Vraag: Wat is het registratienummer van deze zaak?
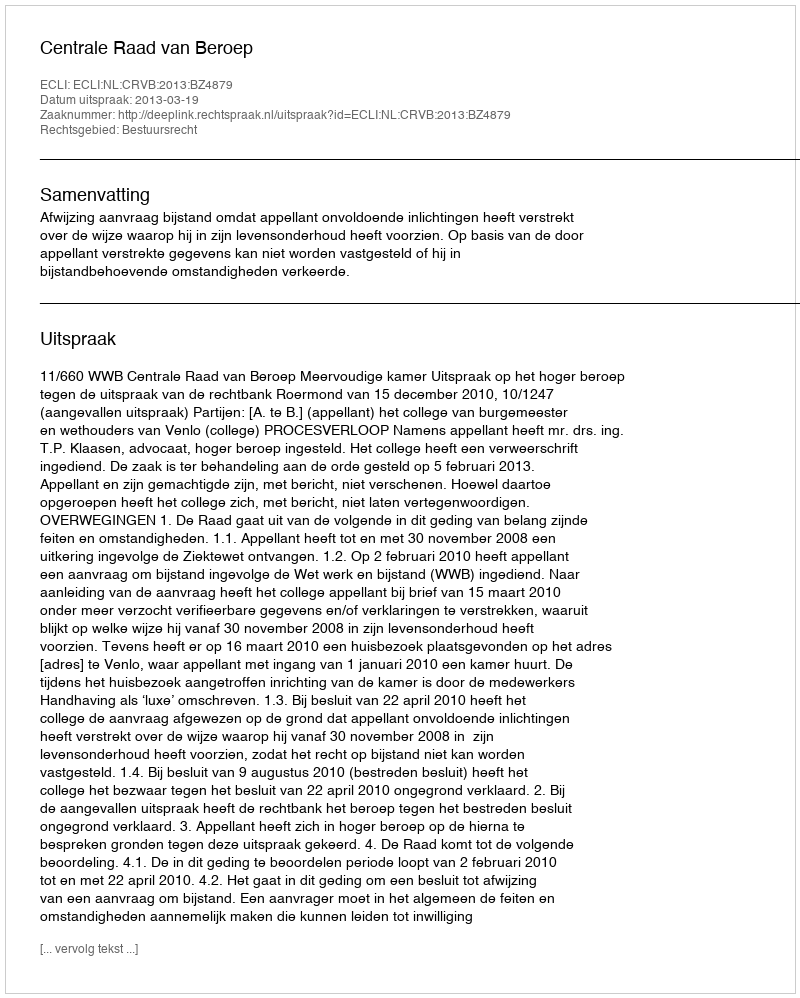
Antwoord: http://deeplink.rechtspraak.nl/uitspraak?id=ECLI:NL:CRVB:2013:BZ4879